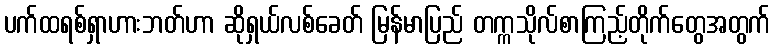
ပက်ထရစ်ရှာဟားဘတ်ဟာ ဆိုရှယ်လစ်ခေတ် မြန်မာပြည် တက္ကသိုလ်စာကြည့်တိုက်တွေအတွက်